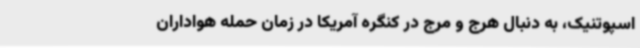
اسپوتنیک، به دنبال هرج و مرج در کنگره آمریکا در زمان حمله هواداران